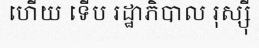
ហើយ ទើប រដ្ឋាភិបាល រុស្ស៊ី